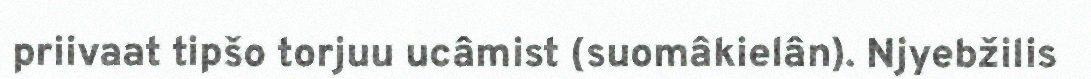
priivaat tipšo torjuu ucâmist (suomâkielân). Njyebžilis